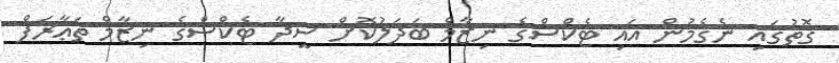
ގޮތުގައި ނެގެމުން އައި ޓެކްސްގެ ނިޒާމް ބަދަލުކޮށް ސީދާ ޓެކްސްގެ ނިޒާމް ތަޢާރަފް